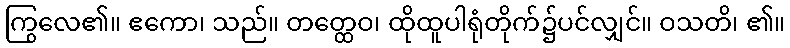
ကြွလေ၏။ ဧကော၊ သည်။ တတ္ထေဝ၊ ထိုထူပါရုံတိုက်၌ပင်လျှင်။ ဝသတိ၊ ၏။